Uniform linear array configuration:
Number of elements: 8
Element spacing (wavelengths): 0.5
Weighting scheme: binomial
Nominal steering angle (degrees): -15
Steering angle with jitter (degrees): -15.334
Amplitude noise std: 0.05
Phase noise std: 0.05

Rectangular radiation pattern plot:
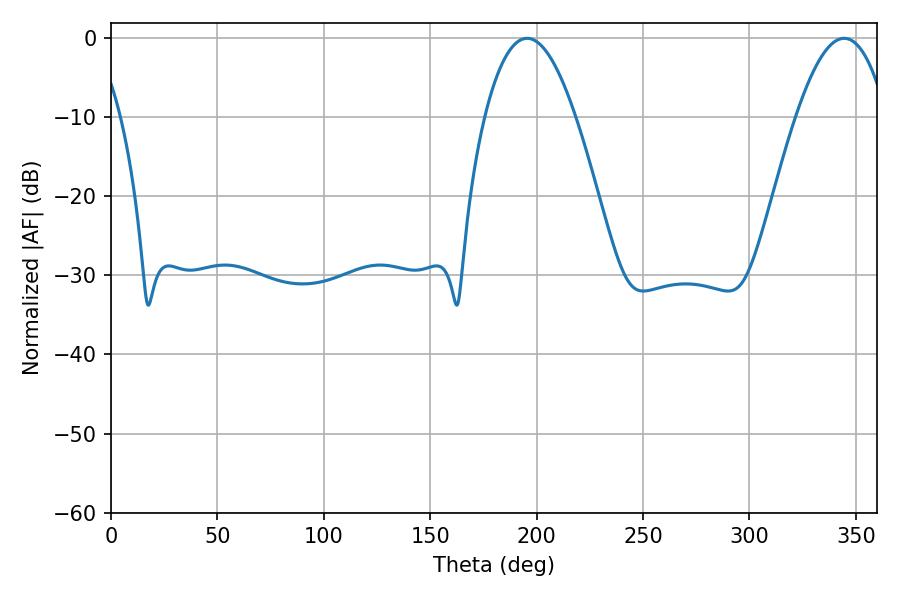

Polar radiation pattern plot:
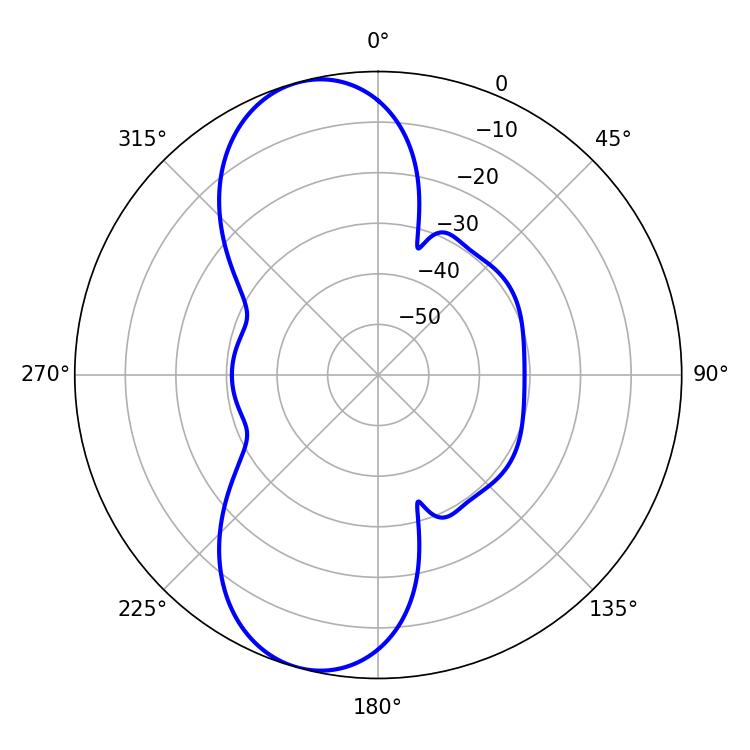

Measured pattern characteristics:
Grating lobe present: FALSE
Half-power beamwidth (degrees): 23.58
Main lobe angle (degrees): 195.48